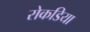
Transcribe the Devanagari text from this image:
रोकडिया